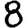
Digit: 8